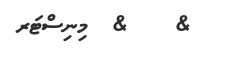
&    &  މިނިސްޓަރ